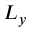
L _ { y }